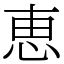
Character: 恵